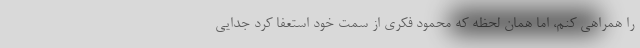
را همراهی کنم، اما همان لحظه که محمود فکری از سمت خود استعفا کرد جدایی